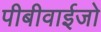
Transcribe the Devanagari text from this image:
पीबीवाईजो